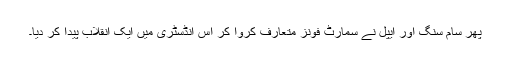
پھر سام سنگ اور ایپل نے سمارٹ فونز متعارف کروا کر اِس انڈسٹری میں ایک انقلاب پیدا کر دیا۔